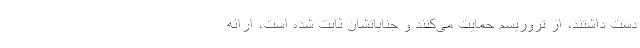
دست داشتند، از تروریسم حمایت می‌کنند و جنایاتشان ثابت شده است، ارائه